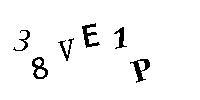
38VE1P